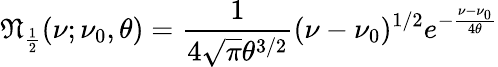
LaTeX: {\mathfrak{N}}_{\frac{1}{2}}(\nu;\nu_{0},\theta)={\frac{1}{4{\sqrt{\pi}}\theta^{3/2}}}(\nu-\nu_{0})^{1/2}e^{-{\frac{\nu-\nu_{0}}{4\theta}}}